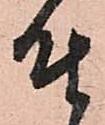
座